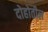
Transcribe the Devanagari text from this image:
दोहोतील